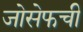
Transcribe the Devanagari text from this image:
जोसेफची